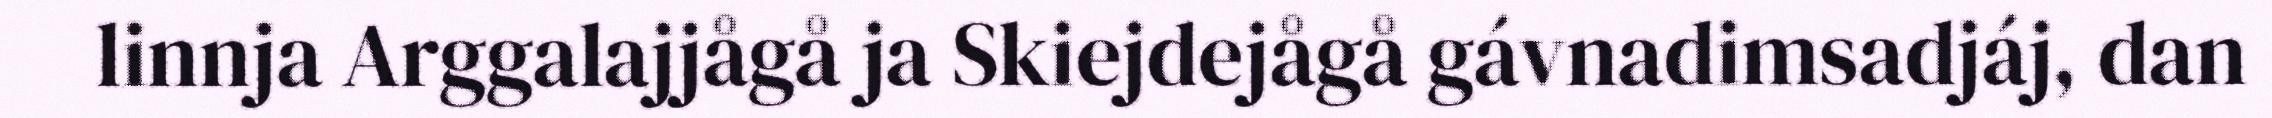
linnja Arggalajjågå ja Skiejdejågå gávnadimsadjáj, dan